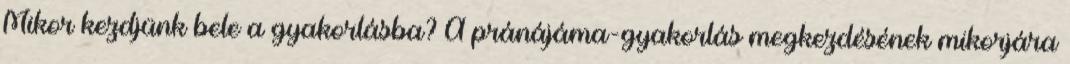
Mikor kezdjünk bele a gyakorlásba? A pránájáma-gyakorlás megkezdésének mikorjára